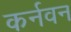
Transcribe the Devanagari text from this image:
कर्नवन